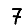
Digit: 7